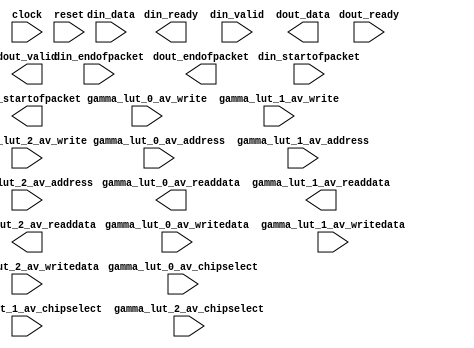
//	Generated by Altera MegaWizard Launcher Utility version 1.0
//	************************************************************
//	THIS IS A WIZARD-GENERATED FILE. DO NOT EDIT THIS FILE!
//	************************************************************
//	Copyright (C) 1991-2013 Altera Corporation
//	Any megafunction design, and related net list (encrypted or decrypted),
//	support information, device programming or simulation file, and any other
//	associated documentation or information provided by Altera or a partner
//	under Altera's Megafunction Partnership Program may be used only to
//	program PLD devices (but not masked PLD devices) from Altera.  Any other
//	use of such megafunction design, net list, support information, device
//	programming or simulation file, or any other related documentation or
//	information is prohibited for any other purpose, including, but not
//	limited to modification, reverse engineering, de-compiling, or use with
//	any other silicon devices, unless such use is explicitly licensed under
//	a separate agreement with Altera or a megafunction partner.  Title to
//	the intellectual property, including patents, copyrights, trademarks,
//	trade secrets, or maskworks, embodied in any such megafunction design,
//	net list, support information, device programming or simulation file, or
//	any other related documentation or information provided by Altera or a
//	megafunction partner, remains with Altera, the megafunction partner, or
//	their respective licensors.  No other licenses, including any licenses
//	needed under any third party's intellectual property, are provided herein.

module gamma (
	clock,
	reset,
	din_ready,
	din_valid,
	din_data,
	din_startofpacket,
	din_endofpacket,
	dout_ready,
	dout_valid,
	dout_data,
	dout_startofpacket,
	dout_endofpacket,
	gamma_lut_0_av_chipselect,
	gamma_lut_0_av_write,
	gamma_lut_0_av_address,
	gamma_lut_0_av_writedata,
	gamma_lut_0_av_readdata,
	gamma_lut_1_av_chipselect,
	gamma_lut_1_av_write,
	gamma_lut_1_av_address,
	gamma_lut_1_av_writedata,
	gamma_lut_1_av_readdata,
	gamma_lut_2_av_chipselect,
	gamma_lut_2_av_write,
	gamma_lut_2_av_address,
	gamma_lut_2_av_writedata,
	gamma_lut_2_av_readdata,
	);
	input		clock;
	input		reset;
	output		din_ready;
	input		din_valid;
	input	[17:0]	din_data;
	input		din_startofpacket;
	input		din_endofpacket;
	input		dout_ready;
	output		dout_valid;
	output	[17:0]	dout_data;
	output		dout_startofpacket;
	output		dout_endofpacket;
	input		gamma_lut_0_av_chipselect;
	input		gamma_lut_0_av_write;
	input	[6:0]	gamma_lut_0_av_address;
	input	[5:0]	gamma_lut_0_av_writedata;
	output	[5:0]	gamma_lut_0_av_readdata;
	input		gamma_lut_1_av_chipselect;
	input		gamma_lut_1_av_write;
	input	[6:0]	gamma_lut_1_av_address;
	input	[5:0]	gamma_lut_1_av_writedata;
	output	[5:0]	gamma_lut_1_av_readdata;
	input		gamma_lut_2_av_chipselect;
	input		gamma_lut_2_av_write;
	input	[6:0]	gamma_lut_2_av_address;
	input	[5:0]	gamma_lut_2_av_writedata;
	output	[5:0]	gamma_lut_2_av_readdata;
endmodule